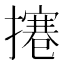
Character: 𢶊